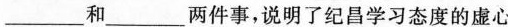
___和___两件事，说明了纪昌学习态度的虚心